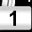
Digit: 1